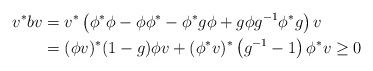
LaTeX: \begin{align*}v^*bv&=v^*\left(\phi^*\phi-\phi\phi^*-\phi^*g\phi+g\phi g^{-1}\phi^*g\right)v \\&=(\phi v)^*(1-g)\phi v+(\phi^*v)^*\left(g^{-1}-1\right)\phi^*v\geq 0\end{align*}